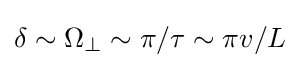
\delta \sim \Omega _{\perp }\sim \pi /\tau \sim \pi v/L